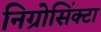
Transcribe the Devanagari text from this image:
निग्रोसिंक्टा